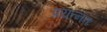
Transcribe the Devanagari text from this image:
प्रयत्नतः